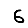
Digit: 6